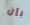
بأن